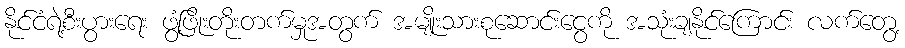
နိုင်ငံရဲ့စီးပွားရေး ဖွံ့ဖြိုးတိုးတက်မှုအတွက် အမျိုးသားစုဆောင်းငွေကို အသုံးချနိုင်ကြောင်း လက်တွေ့